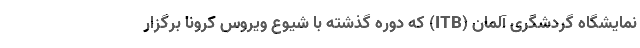
نمایشگاه گردشگری آلمان (ITB) که دوره گذشته با شیوع ویروس کرونا برگزار